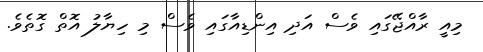
މިއީ ރާއްޖޭގައި ވެސް އަދި އިންޑިއާގައި ވެސް މި ހިޔާލު އޮތް ގޮތެވެ.